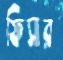
ফিসার